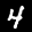
Label: 4